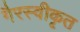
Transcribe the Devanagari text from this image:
गैरस्वीकृत